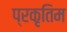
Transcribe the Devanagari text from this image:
प्रकृतिम